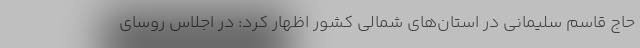
حاج قاسم سلیمانی در استان‌های شمالی کشور اظهار کرد: در اجلاس روسای